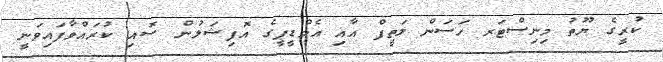
ކުރީގެ ޔޫތު މިނިސްޓަރ ހަސަން ލަތީފް އާއި އެމްޑީޕީގެ އޮފިޝަލުން ސޮއި ކުރައްވާފައިވަނީ